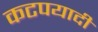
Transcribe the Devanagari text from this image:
कटपयादी